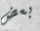
بعض